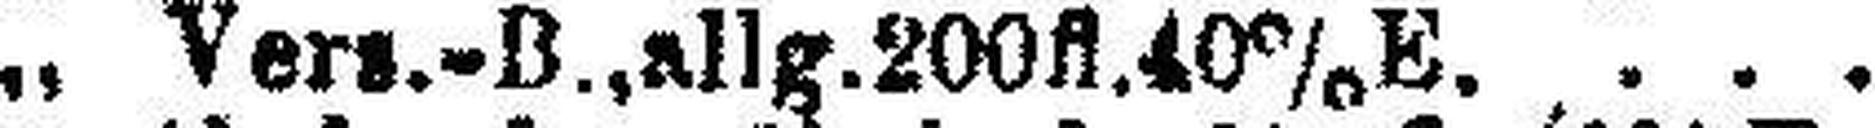
„ Vers.-B., allg. 200fl. 40% E.